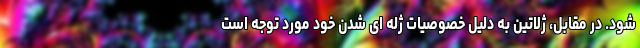
شود. در مقابل، ژلاتین به دلیل خصوصیات ژله ای شدن خود مورد توجه است